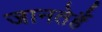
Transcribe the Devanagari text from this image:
जानतेहैं